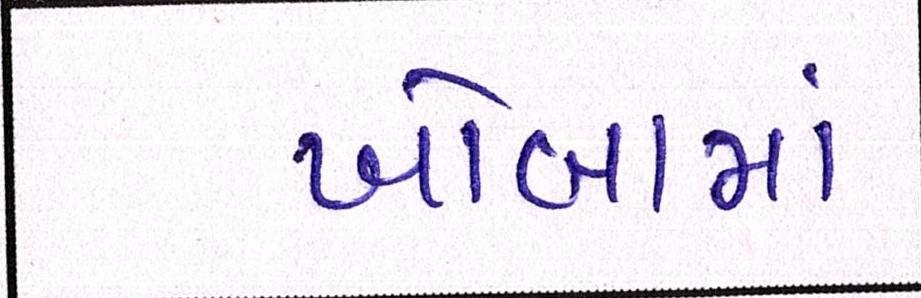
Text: ખોબામાં